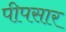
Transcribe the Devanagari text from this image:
पीपसार